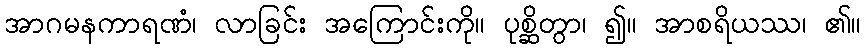
အာဂမနကာရဏံ၊ လာခြင်း အကြောင်းကို။ ပုစ္ဆိတွာ၊ ၍။ အာစရိယဿ၊ ၏။